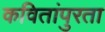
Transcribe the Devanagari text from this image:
कवितांपुरता